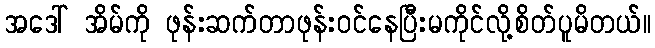
အဒေါ် အိမ်ကို ဖုန်းဆက်တာဖုန်းဝင်နေပြီးမကိုင်လို့စိတ်ပူမိတယ်။